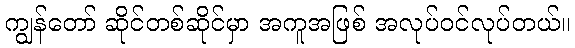
ကျွန်တော် ဆိုင်တစ်ဆိုင်မှာ အကူအဖြစ် အလုပ်ဝင်လုပ်တယ်။